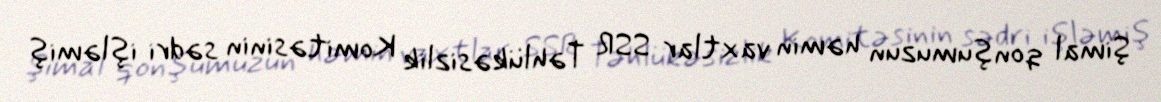
Şimal qonşumuzun həmin vaxtlar SSR Təhlükəsizlik Komitəsinin sədri işləmiş